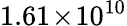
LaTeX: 1.61\! \times\! 10^{10}